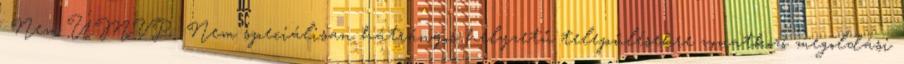
▪Nem ÚMVP ▪Nem speciálisan hátrányos helyzetű településekre vonatkozó megoldási